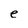
Character: e